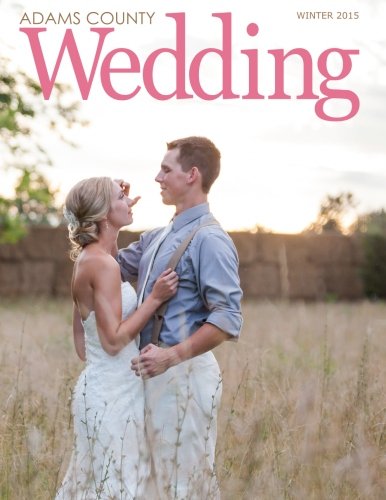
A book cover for Adams County Wedding (Volume 1); Susan Bonser; Crafts, Hobbies & Home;